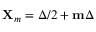
\mathbf { X } _ { m } = \Delta / 2 + \mathbf { m } \Delta